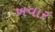
ખવાર